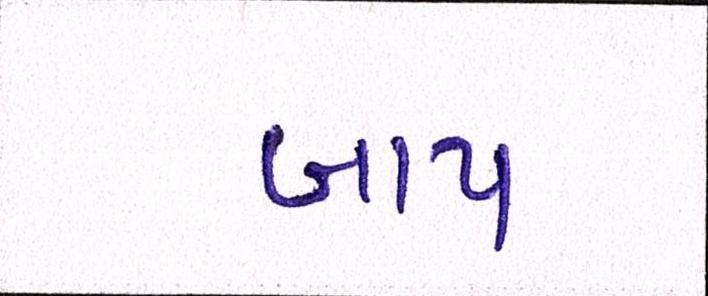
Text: બાપ